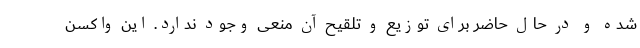
شده و در حال حاضر برای توزیع و تلقیح آن منعی وجود ندارد. این واکسن